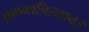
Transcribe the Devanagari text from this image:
अफगानिस्तान।